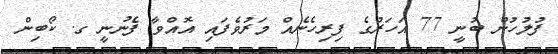
ފުލުހުން ބުނީ 77 އަހަރުގެ ފިރިހެނެއް މަރުވެފައި އޮއްވާ ފެނުނީ ގ. ކޯބިން